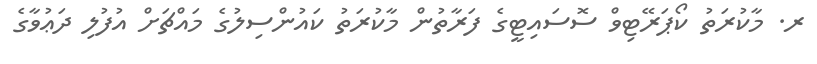
ރ. މާކުރަތު ކޯޕަރޭޓިވް ސޮސައިޓީގެ ފަރާތުން މާކުރަތު ކައުންސިލުގެ މައްޗަށް އުފުލި ދަޢުވާގެ